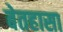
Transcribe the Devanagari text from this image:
बेतहासा